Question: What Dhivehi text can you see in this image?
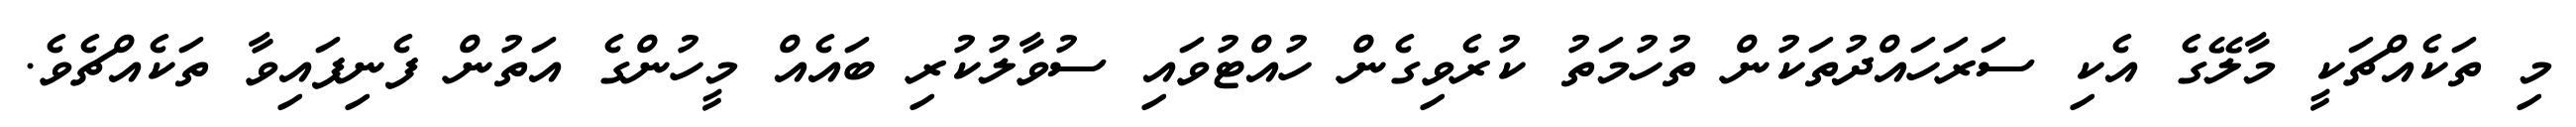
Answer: މި ތަކެއްޗަކީ މާލޭގެ އެކި ސަރަހައްދުތަކުން ތުހުމަތު ކުރެވިގެން ހުއްޓުވައި ސުވާލުކުރި ބައެއް މީހުންގެ އަތުން ފެނިފައިވާ ތަކެއްޗެވެ.